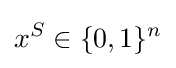
x^{S}\in \{0,1\}^{n}